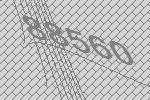
88560